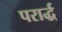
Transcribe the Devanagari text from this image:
परार्द्ध